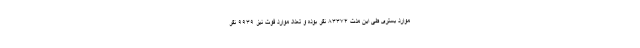
موارد بستری طی این مدت ۸۳۳۷۴ نفر بوده و تعداد موارد فوت نیز ۹۹۳۹ نفر